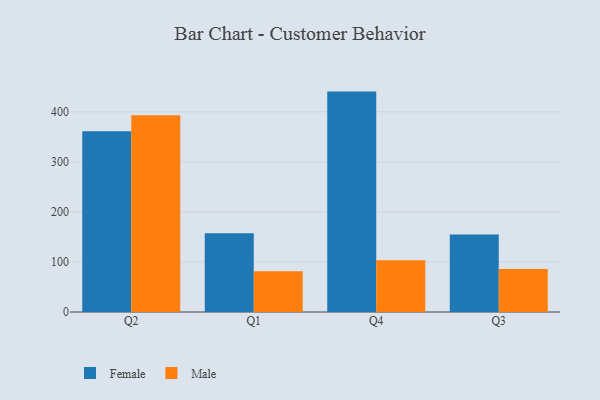
{"axis": {"x": "Quarter", "y": "Production Output"}, "legend": ["Female", "Male"], "data": [{"x": "Q2", "y": 361.0, "type": "Female"}, {"x": "Q2", "y": 392.9, "type": "Male"}, {"x": "Q1", "y": 157.4, "type": "Female"}, {"x": "Q1", "y": 81.2, "type": "Male"}, {"x": "Q4", "y": 440.4, "type": "Female"}, {"x": "Q4", "y": 103.4, "type": "Male"}, {"x": "Q3", "y": 155.0, "type": "Female"}, {"x": "Q3", "y": 86.1, "type": "Male"}]}